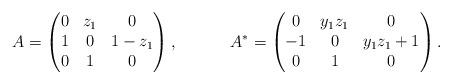
LaTeX: \begin{align*} A &= \begin{pmatrix} 0 & z_1 & 0 \\ 1 & 0 & 1-z_1 \\ 0 & 1 & 0 \end{pmatrix},& A^* &= \begin{pmatrix} 0 & y_1 z_1 & 0 \\ -1 & 0 & y_1 z_1 + 1 \\ 0 & 1 & 0 \end{pmatrix}.\end{align*}